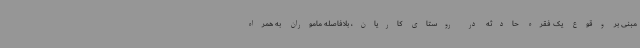
مبنی بر وقوع یک فقره حادثه در روستای کاریان، بلافاصله ماموران به همراه